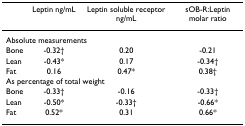
|  | Leptin ng/mL | Leptin soluble receptor ng/mL | sOB-R:Leptin molar ratio |
 | --- | --- | --- | --- |
 | <COLSPAN=4> Absolute measurements |
 | Bone | -0.32† | 0.20 | -0.21 |
 | Lean | -0.43* | 0.17 | -0.34† |
 | Fat | 0.16 | 0.47* | 0.38† |
 | <COLSPAN=4> As percentage of total weight |
 | Bone | -0.33† | -0.16 | -0.33† |
 | Lean | -0.50* | -0.33† | -0.66* |
 | Fat | 0.52* | 0.31 | 0.66* |